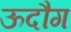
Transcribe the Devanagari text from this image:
ऊदौग